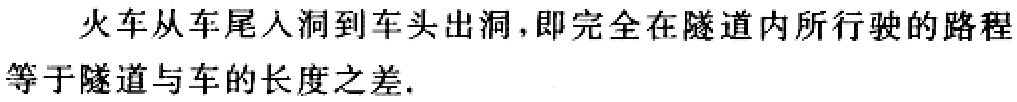
火车从车尾人洞到车头出洞，即完全在隧道内所行驶的路程等于隧道与车的长度之差.